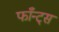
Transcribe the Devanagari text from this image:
फाँन्‍ट्‌स